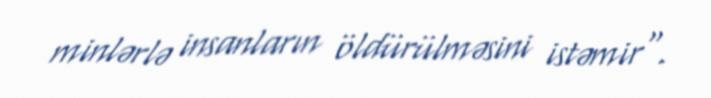
minlərlə insanların öldürülməsini istəmir".